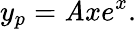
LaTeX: y_{p}=\mathit{A}xe^{x}.